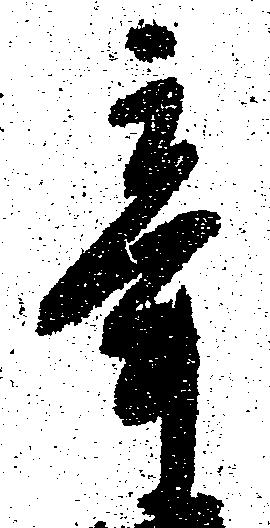
辛